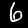
Label: 6